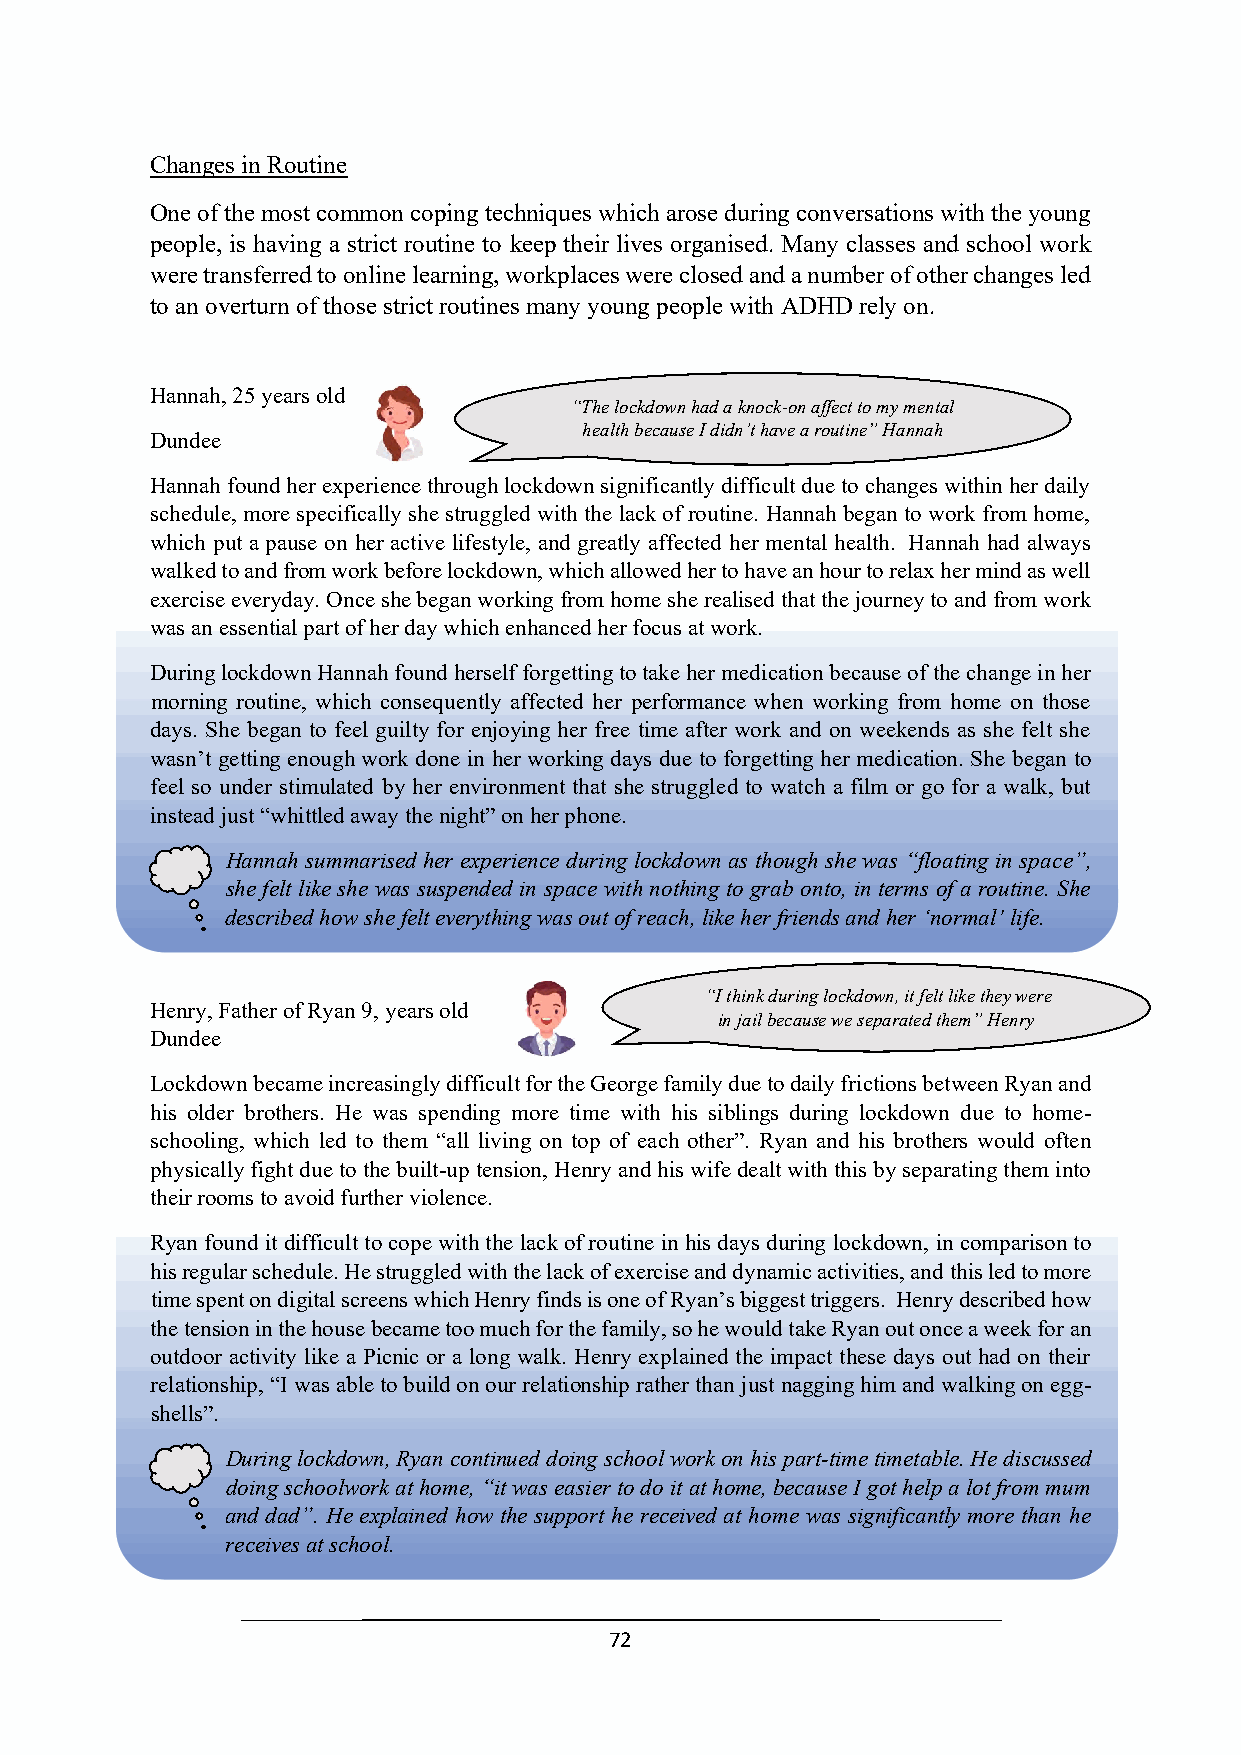
Changes in Routine
 One of the most common coping techniques which arose during conversations with the young
 people, is having a strict routine to keep their lives organised. Many classes and school work
 were transferred to online learning, workplaces were closed and a number of other changes led
 to an overturn of those strict routines many young people with ADHD rely on.
 Hannah, 25 years old
 “The lockdown had a knock-on affect to my mental
 health because I didn’t have a routine” Hannah
 Dundee
 Hannah found her experience through lockdown significantly difficult due to changes within her daily
 schedule, more specifically she struggled with“ Tthhee l olackcdko wonf hroadu tai nkneo. cHk-aonn naaffhec bt teog many mtoe nwtaolr k from home,
 which put a pause on her active lifestyle, andh egarletha tbleyc aafufseec It eddid hne’tr hmaveen ata rlo huetianleth”. H Hanannanha h had always
 walked to and from work before lockdown, which allowed her to have an hour to relax her mind as well
 exercise everyday. Once she began working from home she realised that the journey to and from work
 was an essential part of her day which enhanced her focus at work.
 During lockdown Hannah found herself forgetting to take her medication because of the change in her
 morning routine, which consequently affected her performance when working from home on those
 days. She began to feel guilty for enjoying her free time after work and on weekends as she felt she
 wasn’t getting enough work done in her working days due to forgetting her medication. She began to
 feel so under stimulated by her environment that she struggled to watch a film or go for a walk, but
 instead just “whittled away the night” on her phone.
 Hannah summarised her experience during lockdown as though she was “floating in space”,
 she felt like she was suspended in space with nothing to grab onto, in terms of a routine. She
 described how she felt everything was out of reach, like her friends and her ‘normal’ life.
 “I think during lockdown, it felt like they were
 Henry, Father of Ryan 9, years old
 in jail because we separated them” Henry
 Dundee
 Lockdown became increasingly difficult for the George family due to daily frictions between Ryan and
 his older brothers. He was spending more time with his siblings during lockdown due to home-
 schooling, which led to them “all living on top of each other”. Ryan and his brothers would often
 physically fight due to the built-up tension, Henry and his wife dealt with this by separating them into
 their rooms to avoid further violence.
 Ryan found it difficult to cope with the lack of routine in his days during lockdown, in comparison to
 his regular schedule. He struggled with the lack of exercise and dynamic activities, and this led to more
 time spent on digital screens which Henry finds is one of Ryan’s biggest triggers. Henry described how
 the tension in the house became too much for the family, so he would take Ryan out once a week for an
 outdoor activity like a Picnic or a long walk. Henry explained the impact these days out had on their
 relationship, “I was able to build on our relationship rather than just nagging him and walking on egg-
 shells”.
 During lockdown, Ryan continued doing school work on his part-time timetable. He discussed
 doing schoolwork at home, “it was easier to do it at home, because I got help a lot from mum
 and dad”. He explained how the support he received at home was significantly more than he
 receives at school.
 72